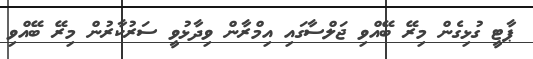
ޕާޓީ ގުޅިގެން މިރޭ ބޭއްވި ޖަލްސާގައި އިމްރާން ވިދާޅުވީ ސަރުކާރުން މިރޭ ބޭއްވި